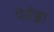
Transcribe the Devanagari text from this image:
पेर्तज्जा